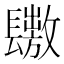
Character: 𨲶